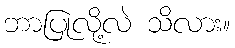
ဘာပြုလို့လဲ သိလား။